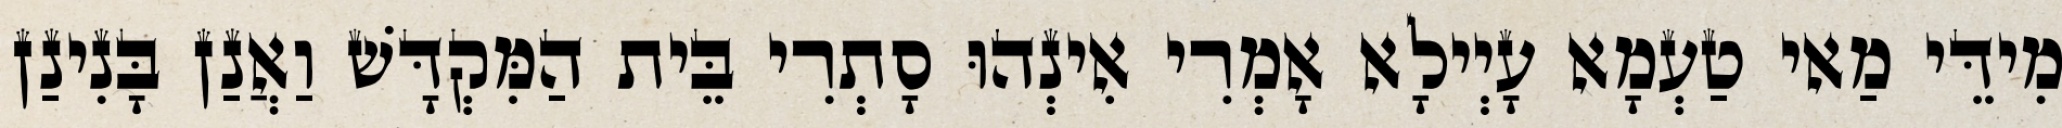
מִידֵּי מַאי טַעְמָא עָיְילָא אָמְרִי אִינְהוּ סָתְרִי בֵּית הַמִּקְדָּשׁ וַאֲנַן בָּנִינַן